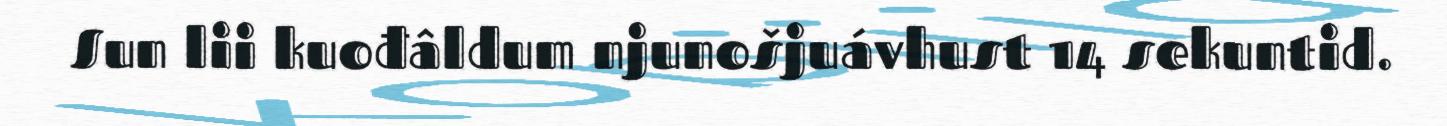
Sun lii kuođâldum njunošjuávhust 14 sekuntid.